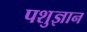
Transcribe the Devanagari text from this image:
पशुज्ञान